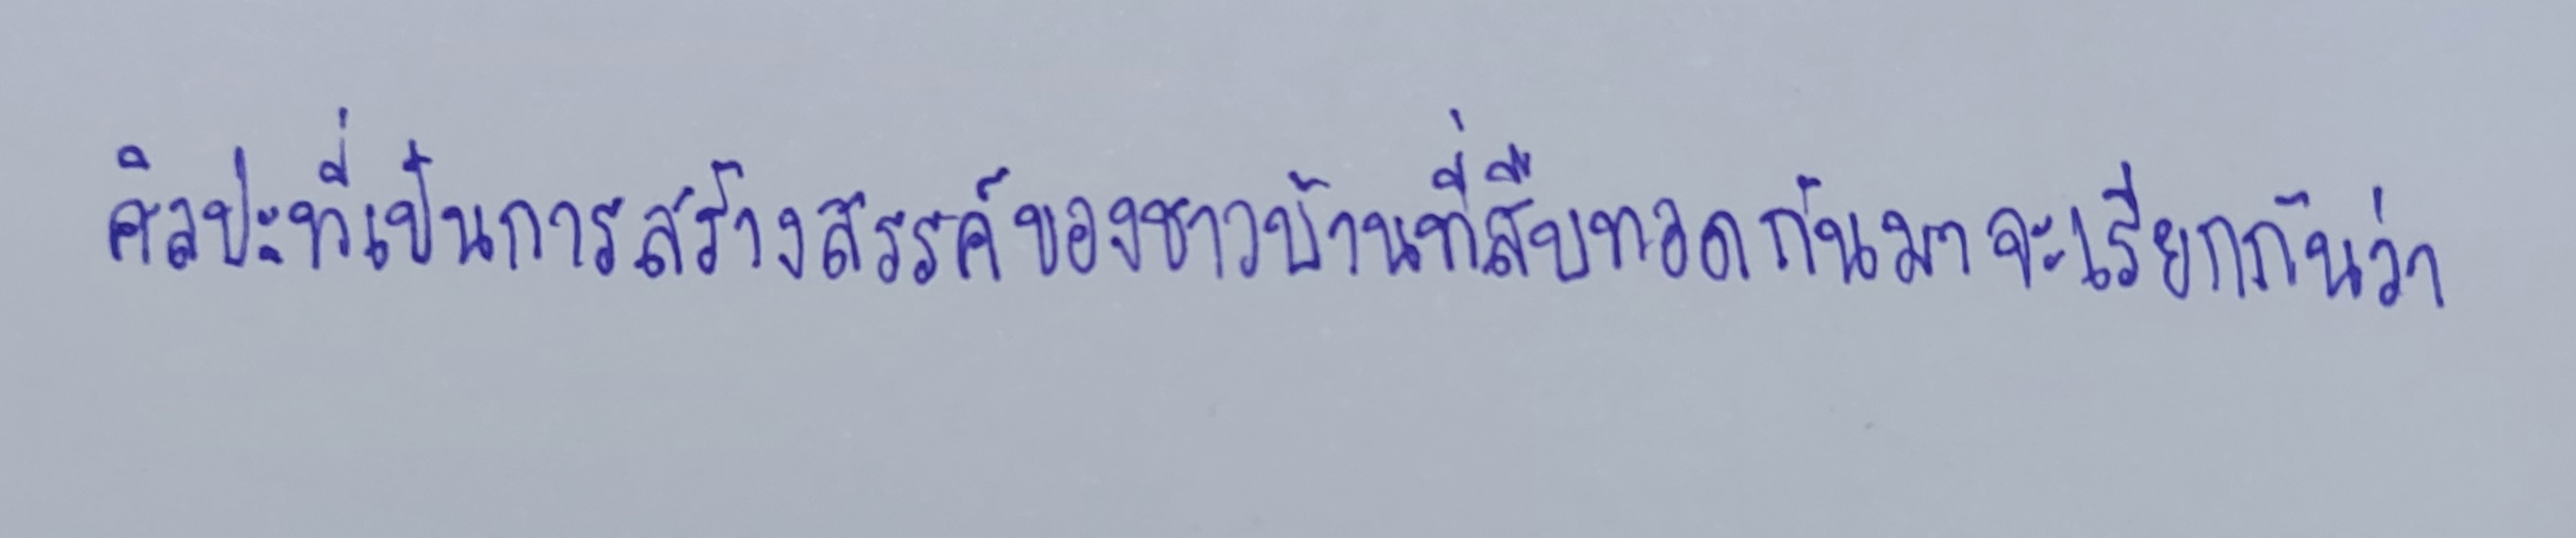
ศิลปะที่เป็นการสร้างสรรค์ของชาวบ้านที่สืบทอดกันมาก็จะเรียกกันว่า